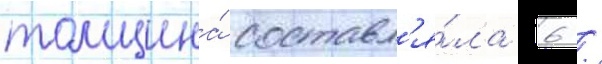
толщина́ составл'я́ла 6 /